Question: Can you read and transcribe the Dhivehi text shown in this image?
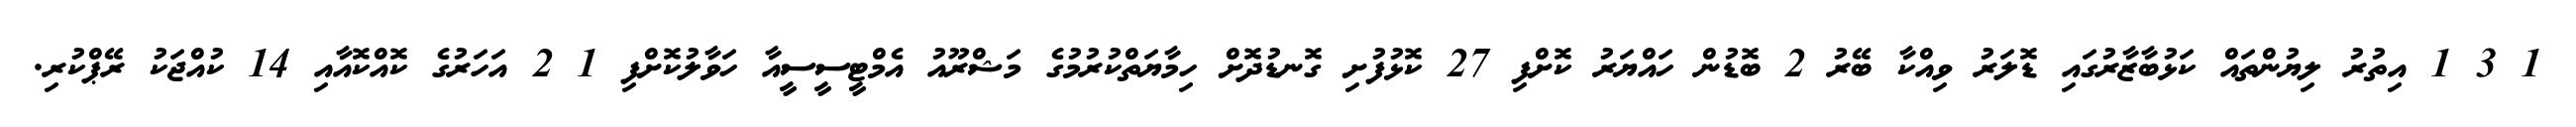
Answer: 1 3 1 އިތުރު ލިޔުންތައް ކަޅުބާޒާރުގައި ޑޮލަރު ވިއްކާ ބޭރު 2 ބޮޑުން ހައްޔަރު ކޮށްފި 27 ކޮޅުފުށި ގޮނޑުދޮށް ހިމާޔަތްކުރުމުގެ މަޝްރޫއު އެމްޓީސީސީއާ ހަވާލުކޮށްފި 1 2 އަހަރުގެ ކޮއްކޮއާއި 14 ކުއްޖަކު ރޭޕްކުރި.